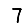
Digit: 7